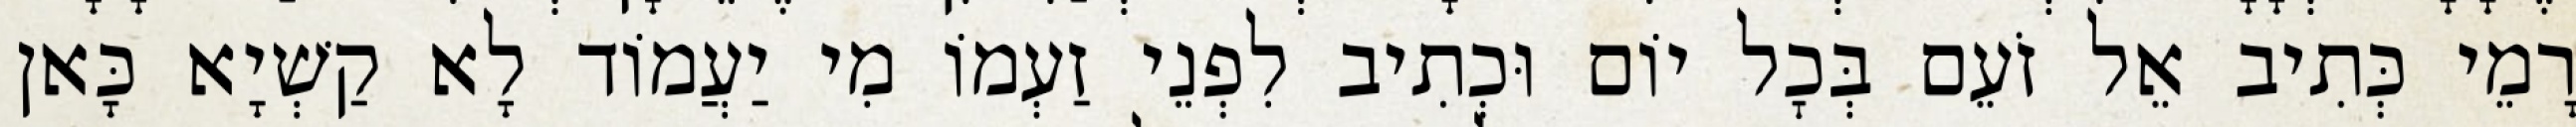
רָמֵי כְּתִיב אֵל זֹעֵם בְּכׇל יוֹם וּכְתִיב לִפְנֵי זַעְמוֹ מִי יַעֲמוֹד לָא קַשְׁיָא כָּאן